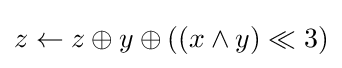
z\gets z\oplus y\oplus ((x\land y)\ll 3)